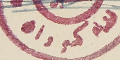
قضاء كسروان